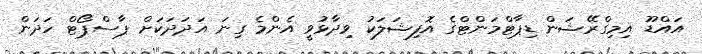
އައްޑޫ އިމިގްރޭޝަން ޑިޕާޓްމަންޓްގެ އޮފިޝަލަކު ވިދާޅުވީ އެންމެ ގިނަ އަދަދަކަށް ޕާސްޕޯޓް ހަދަން